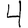
Digit: 4